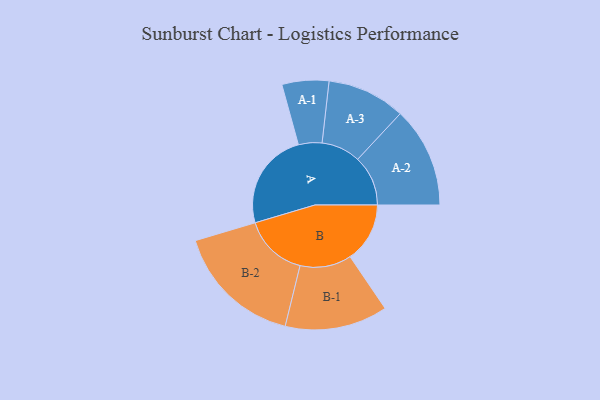
{"axis": {"x": "Segment", "y": "Value"}, "legend": ["", "A", "B"], "data": [{"x": "A", "y": 454, "type": ""}, {"x": "B", "y": 278, "type": ""}, {"x": "A-1", "y": 109, "type": "A"}, {"x": "A-2", "y": 234, "type": "A"}, {"x": "A-3", "y": 182, "type": "A"}, {"x": "B-1", "y": 239, "type": "B"}, {"x": "B-2", "y": 297, "type": "B"}]}